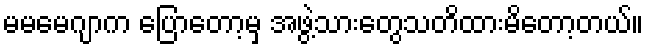
မမမေဂျာက ပြောတော့မှ အဖွဲ့သားတွေသတိထားမိတော့တယ်။